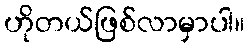
ဟိုတယ်ဖြစ်လာမှာပါ။